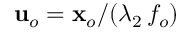
\mathbf { u } _ { o } = \mathbf { x } _ { o } / ( \lambda _ { 2 } \, f _ { o } )